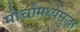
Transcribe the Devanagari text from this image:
मोर्चांमध्येसुद्धा